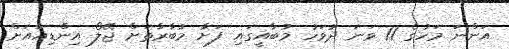
އަންނަ މަހުގެ 11 ވަނަ ދުވަހު މުބާއީގައި ފަށާ މުބާރާތަށް ޖޭލޯ އިންޑިއާއަށް